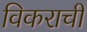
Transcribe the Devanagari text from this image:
विकराची